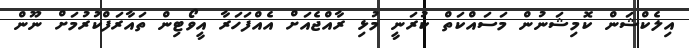
އިލެކްޝަން ކޮމިޝަނުން މަސައްކަތް ކުރަނީ މުޅި ރާއްޖެއަށް އެއްފަހަރާ އީވޯޓިން ތައާރަފްކުރުމަށް ނޫން